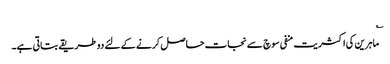
؎
ماہرین کی اکثریت منفی سوچ سے نجات حاصل کرنے کے لئے دو طریقے بتاتی ہے۔